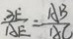
\frac { B E } { A E } = \frac { A B } { A C }